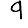
Digit: 9